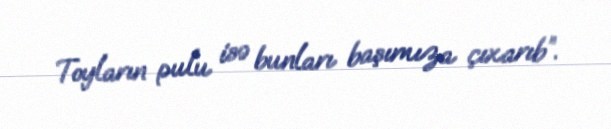
Toyların pulu isə bunları başımıza çıxarıb”.